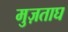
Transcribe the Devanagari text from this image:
मुज़ताघ